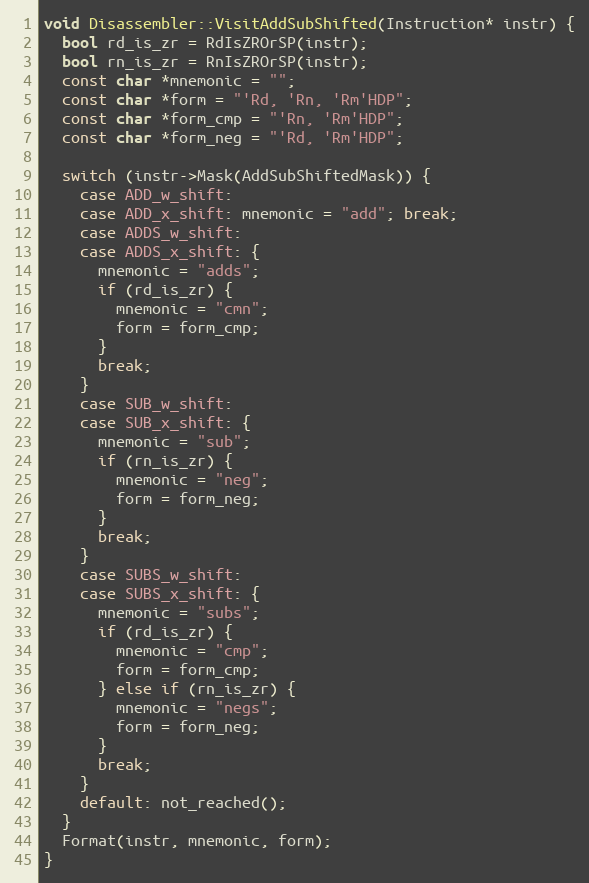
Language: C++
void Disassembler::VisitAddSubShifted(Instruction* instr) {
  bool rd_is_zr = RdIsZROrSP(instr);
  bool rn_is_zr = RnIsZROrSP(instr);
  const char *mnemonic = "";
  const char *form = "'Rd, 'Rn, 'Rm'HDP";
  const char *form_cmp = "'Rn, 'Rm'HDP";
  const char *form_neg = "'Rd, 'Rm'HDP";

  switch (instr->Mask(AddSubShiftedMask)) {
    case ADD_w_shift:
    case ADD_x_shift: mnemonic = "add"; break;
    case ADDS_w_shift:
    case ADDS_x_shift: {
      mnemonic = "adds";
      if (rd_is_zr) {
        mnemonic = "cmn";
        form = form_cmp;
      }
      break;
    }
    case SUB_w_shift:
    case SUB_x_shift: {
      mnemonic = "sub";
      if (rn_is_zr) {
        mnemonic = "neg";
        form = form_neg;
      }
      break;
    }
    case SUBS_w_shift:
    case SUBS_x_shift: {
      mnemonic = "subs";
      if (rd_is_zr) {
        mnemonic = "cmp";
        form = form_cmp;
      } else if (rn_is_zr) {
        mnemonic = "negs";
        form = form_neg;
      }
      break;
    }
    default: not_reached();
  }
  Format(instr, mnemonic, form);
}